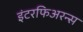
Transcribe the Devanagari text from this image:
इंटरफिअरन्स